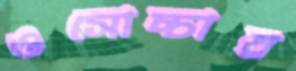
ওসোচ্চার